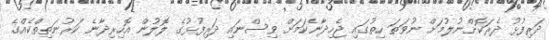
ދަރިފުޅު ދެރަކޮށްނުލުމަށް ނުވަތަ ހިތުގައި ޖެހިދާނެކަމަށް ވިސްނައި ދަރިފުޅުގެ ލޮލުން އޮހިރިދާނެ ކަރުނަތިތްކެއްގެ